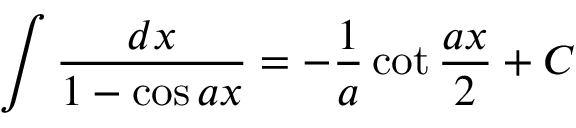
\int { \frac { d x } { 1 - \cos a x } } = - { \frac { 1 } { a } } \cot { \frac { a x } { 2 } } + C